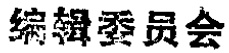
编辑委员会